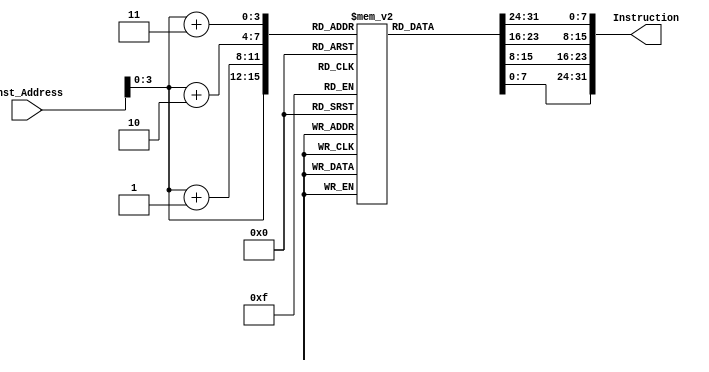
module Instruction_Memory
(
  input [63:0] Inst_Address,
  output reg [31:0] Instruction
);
  reg [7:0]Instruction_Memory[15:0];
  initial
    begin
        Instruction_Memory[0] = 8'b10000000;
        Instruction_Memory[1] = 8'b01010100;
        Instruction_Memory[2] = 8'b01000000;
        Instruction_Memory[3] = 8'b01000011;
        Instruction_Memory[4] = 8'b10000010;
        Instruction_Memory[5] = 8'b00000110;
        Instruction_Memory[6] = 8'b00011010;
        Instruction_Memory[7] = 8'b01111110;
        Instruction_Memory[8] = 8'b10010000;
        Instruction_Memory[9] = 8'b10010100;
        Instruction_Memory[10] = 8'b01010100;
        Instruction_Memory[11] = 8'b00110000;
        Instruction_Memory[12] = 8'b00110011;
        Instruction_Memory[13] = 8'b00101000;
        Instruction_Memory[14] = 8'b11010101;
        Instruction_Memory[15] = 8'b00111110;
    end
    
    always @(Inst_Address)
    begin
      Instruction = {Instruction_Memory[Inst_Address[3:0]+3],Instruction_Memory[Inst_Address[3:0]+2],Instruction_Memory[Inst_Address[3:0]+1],Instruction_Memory[Inst_Address[3:0]]};
    end
endmodule